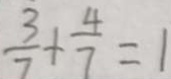
\frac { 3 } { 7 } + \frac { 4 } { 7 } = 1